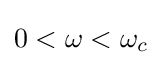
0<\omega <\omega _{c}\,\!